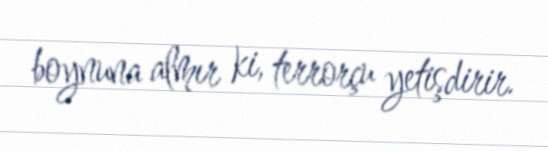
boynuna almır ki, terrorçu yetişdirir.